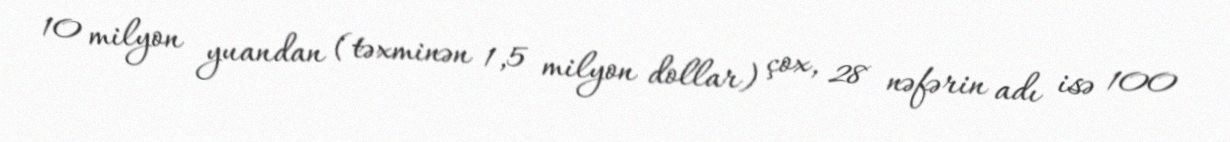
10 milyon yuandan (təxminən 1,5 milyon dollar) çox, 28 nəfərin adı isə 100